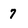
Character: 7